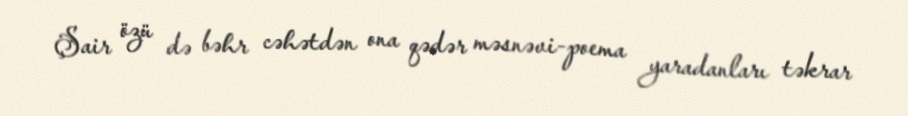
Şair özü də bəhr cəhətdən ona qədər məsnəvi-poema yaradanları təkrar